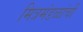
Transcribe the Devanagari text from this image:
मित्रमंडळांची